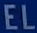
EL